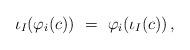
LaTeX: \begin{align*} \iota_I(\varphi_i(c))\ =\ \varphi_i(\iota_I(c))\,,\end{align*}